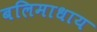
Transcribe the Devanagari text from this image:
बलिमाधाय